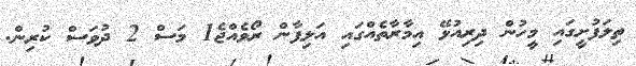
ތިލަފުށީގައި މީހުން ދިރިއުޅޭ އިމާރާތެއްގައި އަލިފާން ރޯވެއްޖެ1 މަސް 2 ދުވަސް ކުރިން.